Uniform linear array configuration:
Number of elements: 16
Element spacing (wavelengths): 1
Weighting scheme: kaiser
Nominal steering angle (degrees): -45
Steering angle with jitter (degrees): -46.548
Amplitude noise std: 0.05
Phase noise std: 0.05

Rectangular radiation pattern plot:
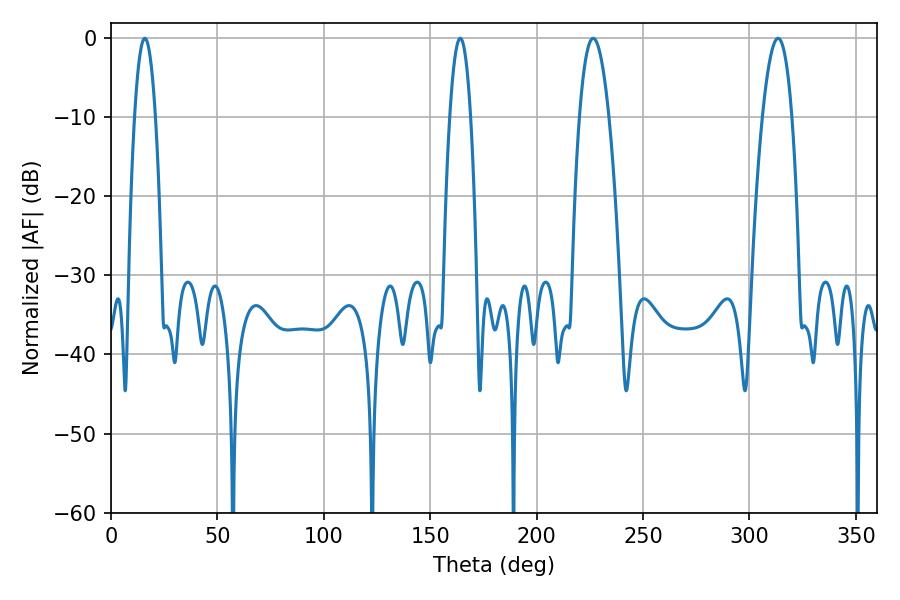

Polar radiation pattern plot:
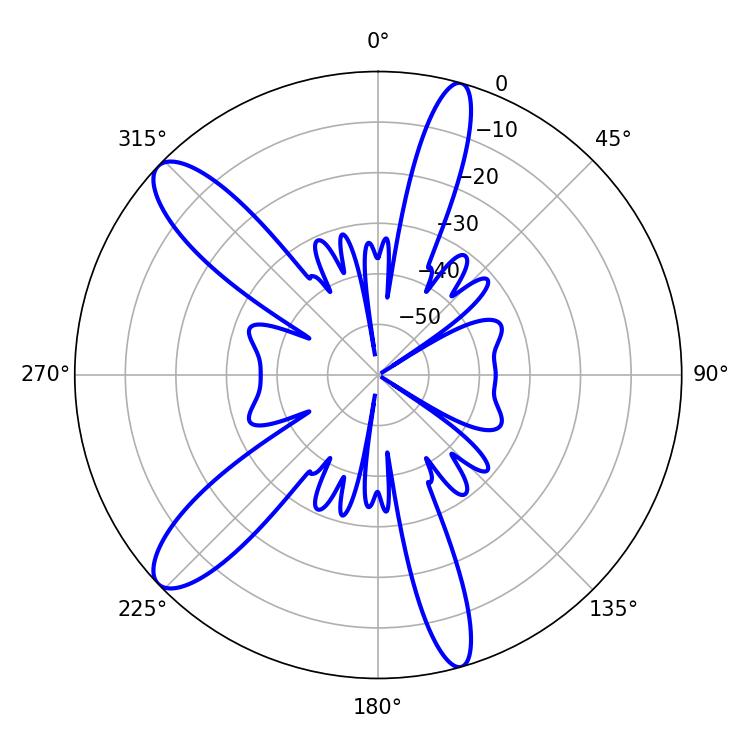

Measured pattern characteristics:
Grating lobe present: TRUE
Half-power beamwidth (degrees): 7.74
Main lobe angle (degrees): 313.38